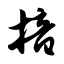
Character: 揞